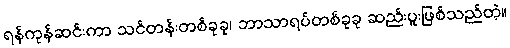
ရန်ကုန်ဆင်းကာ သင်တန်းတစ်ခုခု၊ ဘာသာရပ်တစ်ခုခု ဆည်းပူးဖြစ်သည်တဲ့။